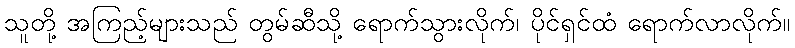
သူတို့ အကြည့်များသည် တွမ်ဆီသို့ ရောက်သွားလိုက်၊ ပိုင်ရှင်ထံ ရောက်လာလိုက်။